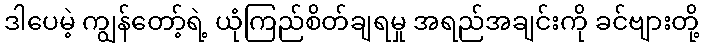
ဒါပေမဲ့ ကျွန်တော့်ရဲ့ ယုံကြည်စိတ်ချရမှု အရည်အချင်းကို ခင်ဗျားတို့